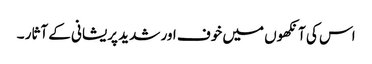
اس کی آنکھوں میں خوف اور شدید پریشانی کے آثار ۔